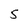
Character: 5